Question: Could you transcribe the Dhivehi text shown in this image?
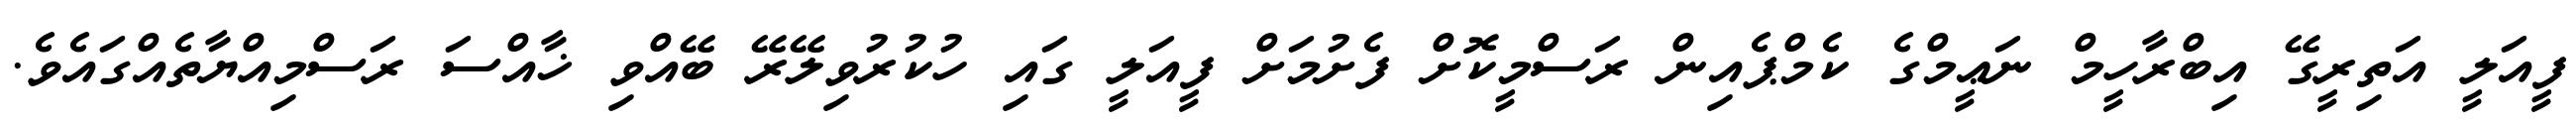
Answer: ފީއަލީ އަތިރީގޭ އިބްރާހީމް ނަޢީމްގެ ކެމްޕެއިން ރަސްމީކޮށް ފެށުމަށް ފީއަލީ ގައި ހުކުރުވިލޭރޭ ބޭއްވި ޚާއްސަ ރަސްމިއްޔާތެއްގައެވެ.